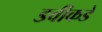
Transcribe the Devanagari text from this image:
डवीकडे